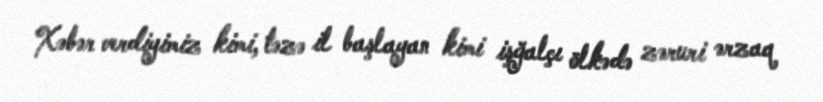
Xəbər verdiyimiz kimi, təzə il başlayan kimi işğalçı ölkədə zəruri ərzaq